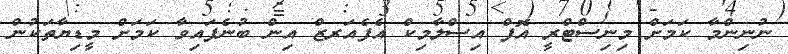
ނުނިންމާ ކަމަށް މިނިސްޓްރީ އޮފް އިސްލާމިކް އެފެއަރޒް އިން ބުނެފައިވާ ކަމަށް މީޑިޔާތަކުން